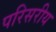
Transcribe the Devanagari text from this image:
परिसरीय